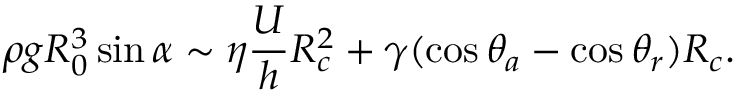
\rho g R _ { 0 } ^ { 3 } \sin \alpha \sim \eta \frac { U } { h } R _ { c } ^ { 2 } + \gamma ( \cos { \theta _ { a } } - \cos { \theta _ { r } } ) R _ { c } .